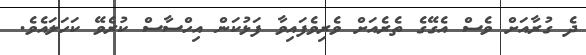
ދެ ގުރާއަށް ވެސް އެގޭގެ ތެރެއަށް ވެރިވެފައިވާ ފަޅުކަން އިހްސާސް ކުރެވޭ ކަހަލައެވެ.